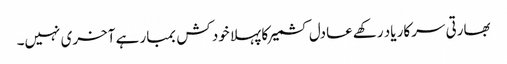
بھارتی سرکار یاد رکھے عادل کشمیر کا پہلا خود کش بمبار ہے آخری نہیں۔